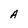
Character: A